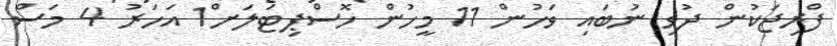
ފްރިޖަކުން ދުވި ނުބައި ވަހުން 11 މީހުން ހޮސްޕިޓަލަށް1 އަހަރު 4 މަސް